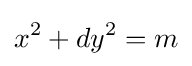
x^{2}+dy^{2}=m